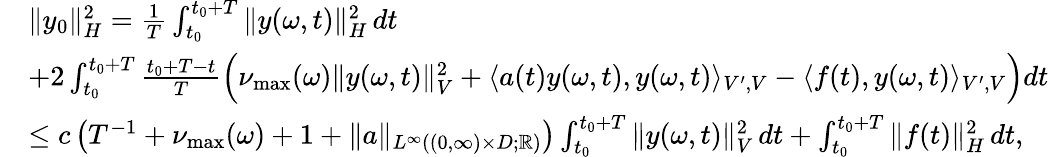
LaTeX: \begin{array}{rl}&{\| y_{0}\| _{H}^{2}=\frac{1}{T}\int_{t_{0}}^{t_{0}+T}\| y(\omega,t)\| _{H}^{2}\, dt}\\ &{+2\int_{t_{0}}^{t_{0}+T}\frac{t_{0}+T-t}{T}\Bigl(\nu_{\operatorname*{max}}(\omega)\| y(\omega,t)\| _{V}^{2}+\langle a(t)y(\omega,t),y(\omega,t)\rangle_{V^{\prime},V}-\langle f(t),y(\omega,t)\rangle_{V^{\prime},V}\Bigr)dt}\\ &{\leq c\left(T^{-1}+\nu_{\operatorname*{max}}(\omega)+1+\| a\| _{L^{\infty}((0,\infty)\times D;\mathbb{R})}\right)\int_{t_{0}}^{t_{0}+T}\| y(\omega,t)\| _{V}^{2}\, dt+\int_{t_{0}}^{t_{0}+T}\| f(t)\| _{H}^{2}\, dt,}\end{array}